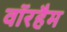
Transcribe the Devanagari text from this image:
वॉरहैम